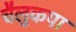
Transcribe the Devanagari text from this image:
चैलुकपा